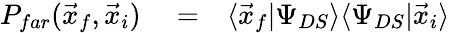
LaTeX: \begin{array}{rlr}{P_{far}(\vec{x}_{f},\vec{x}_{i})}&{{}=}&{\langle\vec{x}_{f}|\Psi_{DS}\rangle\langle\Psi_{DS}|\vec{x}_{i}\rangle}\end{array}